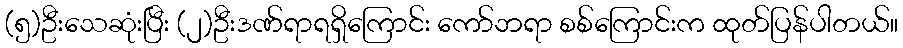
(၅)ဦးသေဆုံးပြီး (၂)ဦးဒဏ်ရာရရှိကြောင်း ကော်ဘရာ စစ်ကြောင်းက ထုတ်ပြန်ပါတယ်။